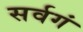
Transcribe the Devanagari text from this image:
सर्वगं